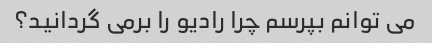
می توانم بپرسم چرا رادیو را برمی گردانید؟